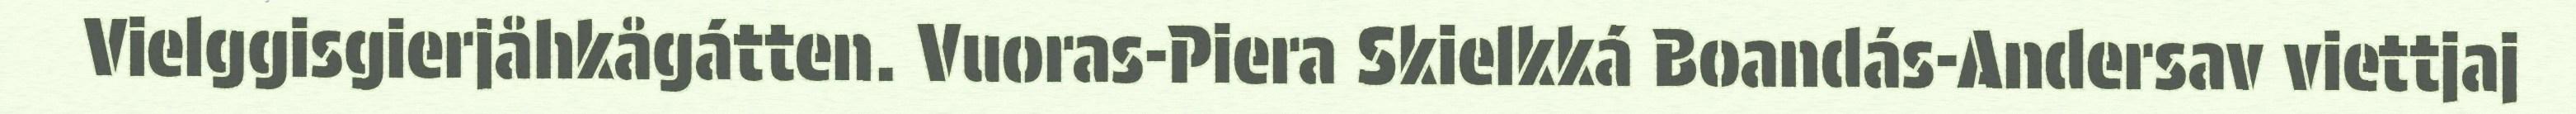
Vielggisgierjåhkågátten. Vuoras-Piera Skielkká Boandás-Andersav viettjaj